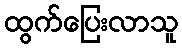
ထွက်ပြေးလာသူ